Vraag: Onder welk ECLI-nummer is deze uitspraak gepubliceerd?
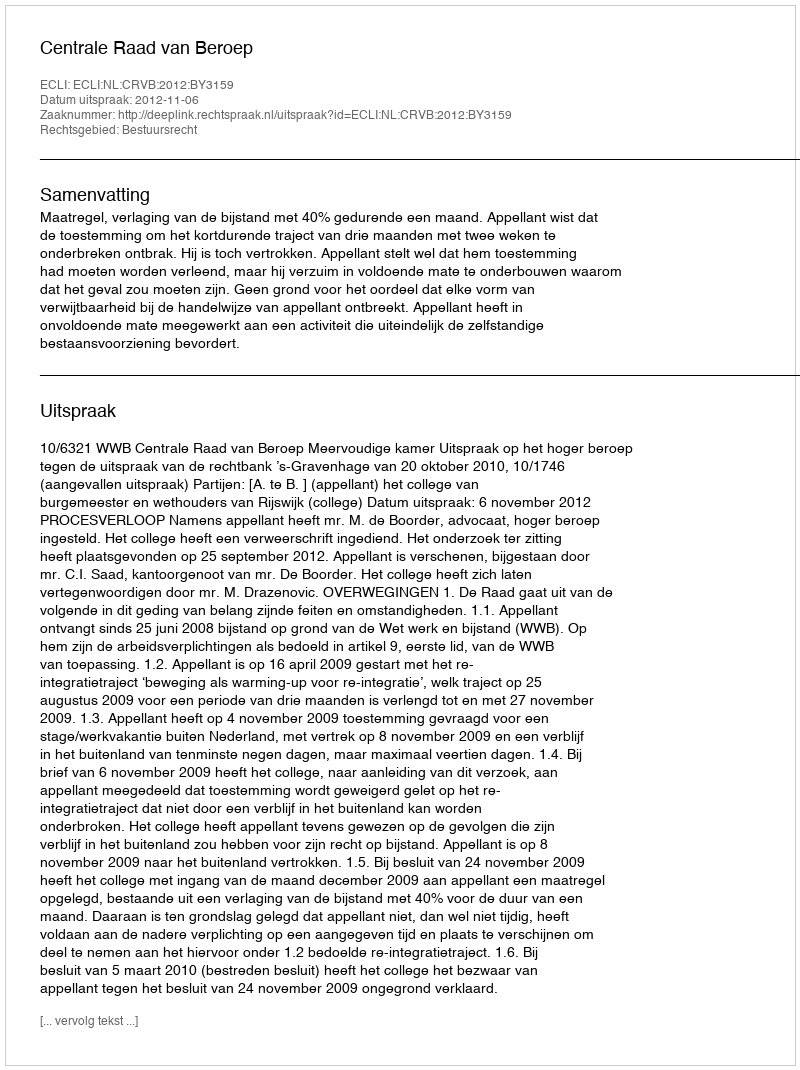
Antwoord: ECLI:NL:CRVB:2012:BY3159